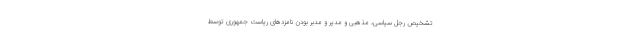
تشخیص رجل سیاسی، مذهبی و مدیر و مدبر بودن نامزدهای ریاست جمهوری توسط